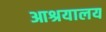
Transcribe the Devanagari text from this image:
आश्रयालय